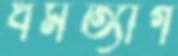
ধর্মত্যাগ